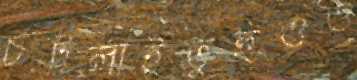
চট্টলাইতুহুওও